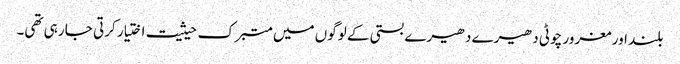
بلند اور مغرور چوٹی دھیرے دھیرے بستی کے لوگوں میں متبرک حیثیت اختیار کرتی جا رہی تھی۔